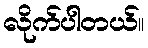
လိုက်ပါတယ်။